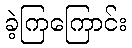
ခဲ့ကြကြောင်း